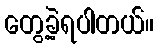
တွေ့ခဲ့ရပါတယ်။